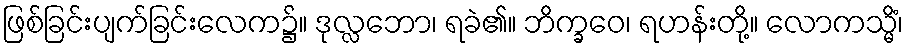
ဖြစ်ခြင်းပျက်ခြင်းလေက၌။ ဒုလ္လဘော၊ ရခဲ၏။ ဘိက္ခဝေ၊ ရဟန်းတို့။ လောကသ္မိံ၊